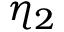
\eta _ { 2 }